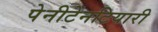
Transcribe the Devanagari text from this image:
पेनीटेनटियारी